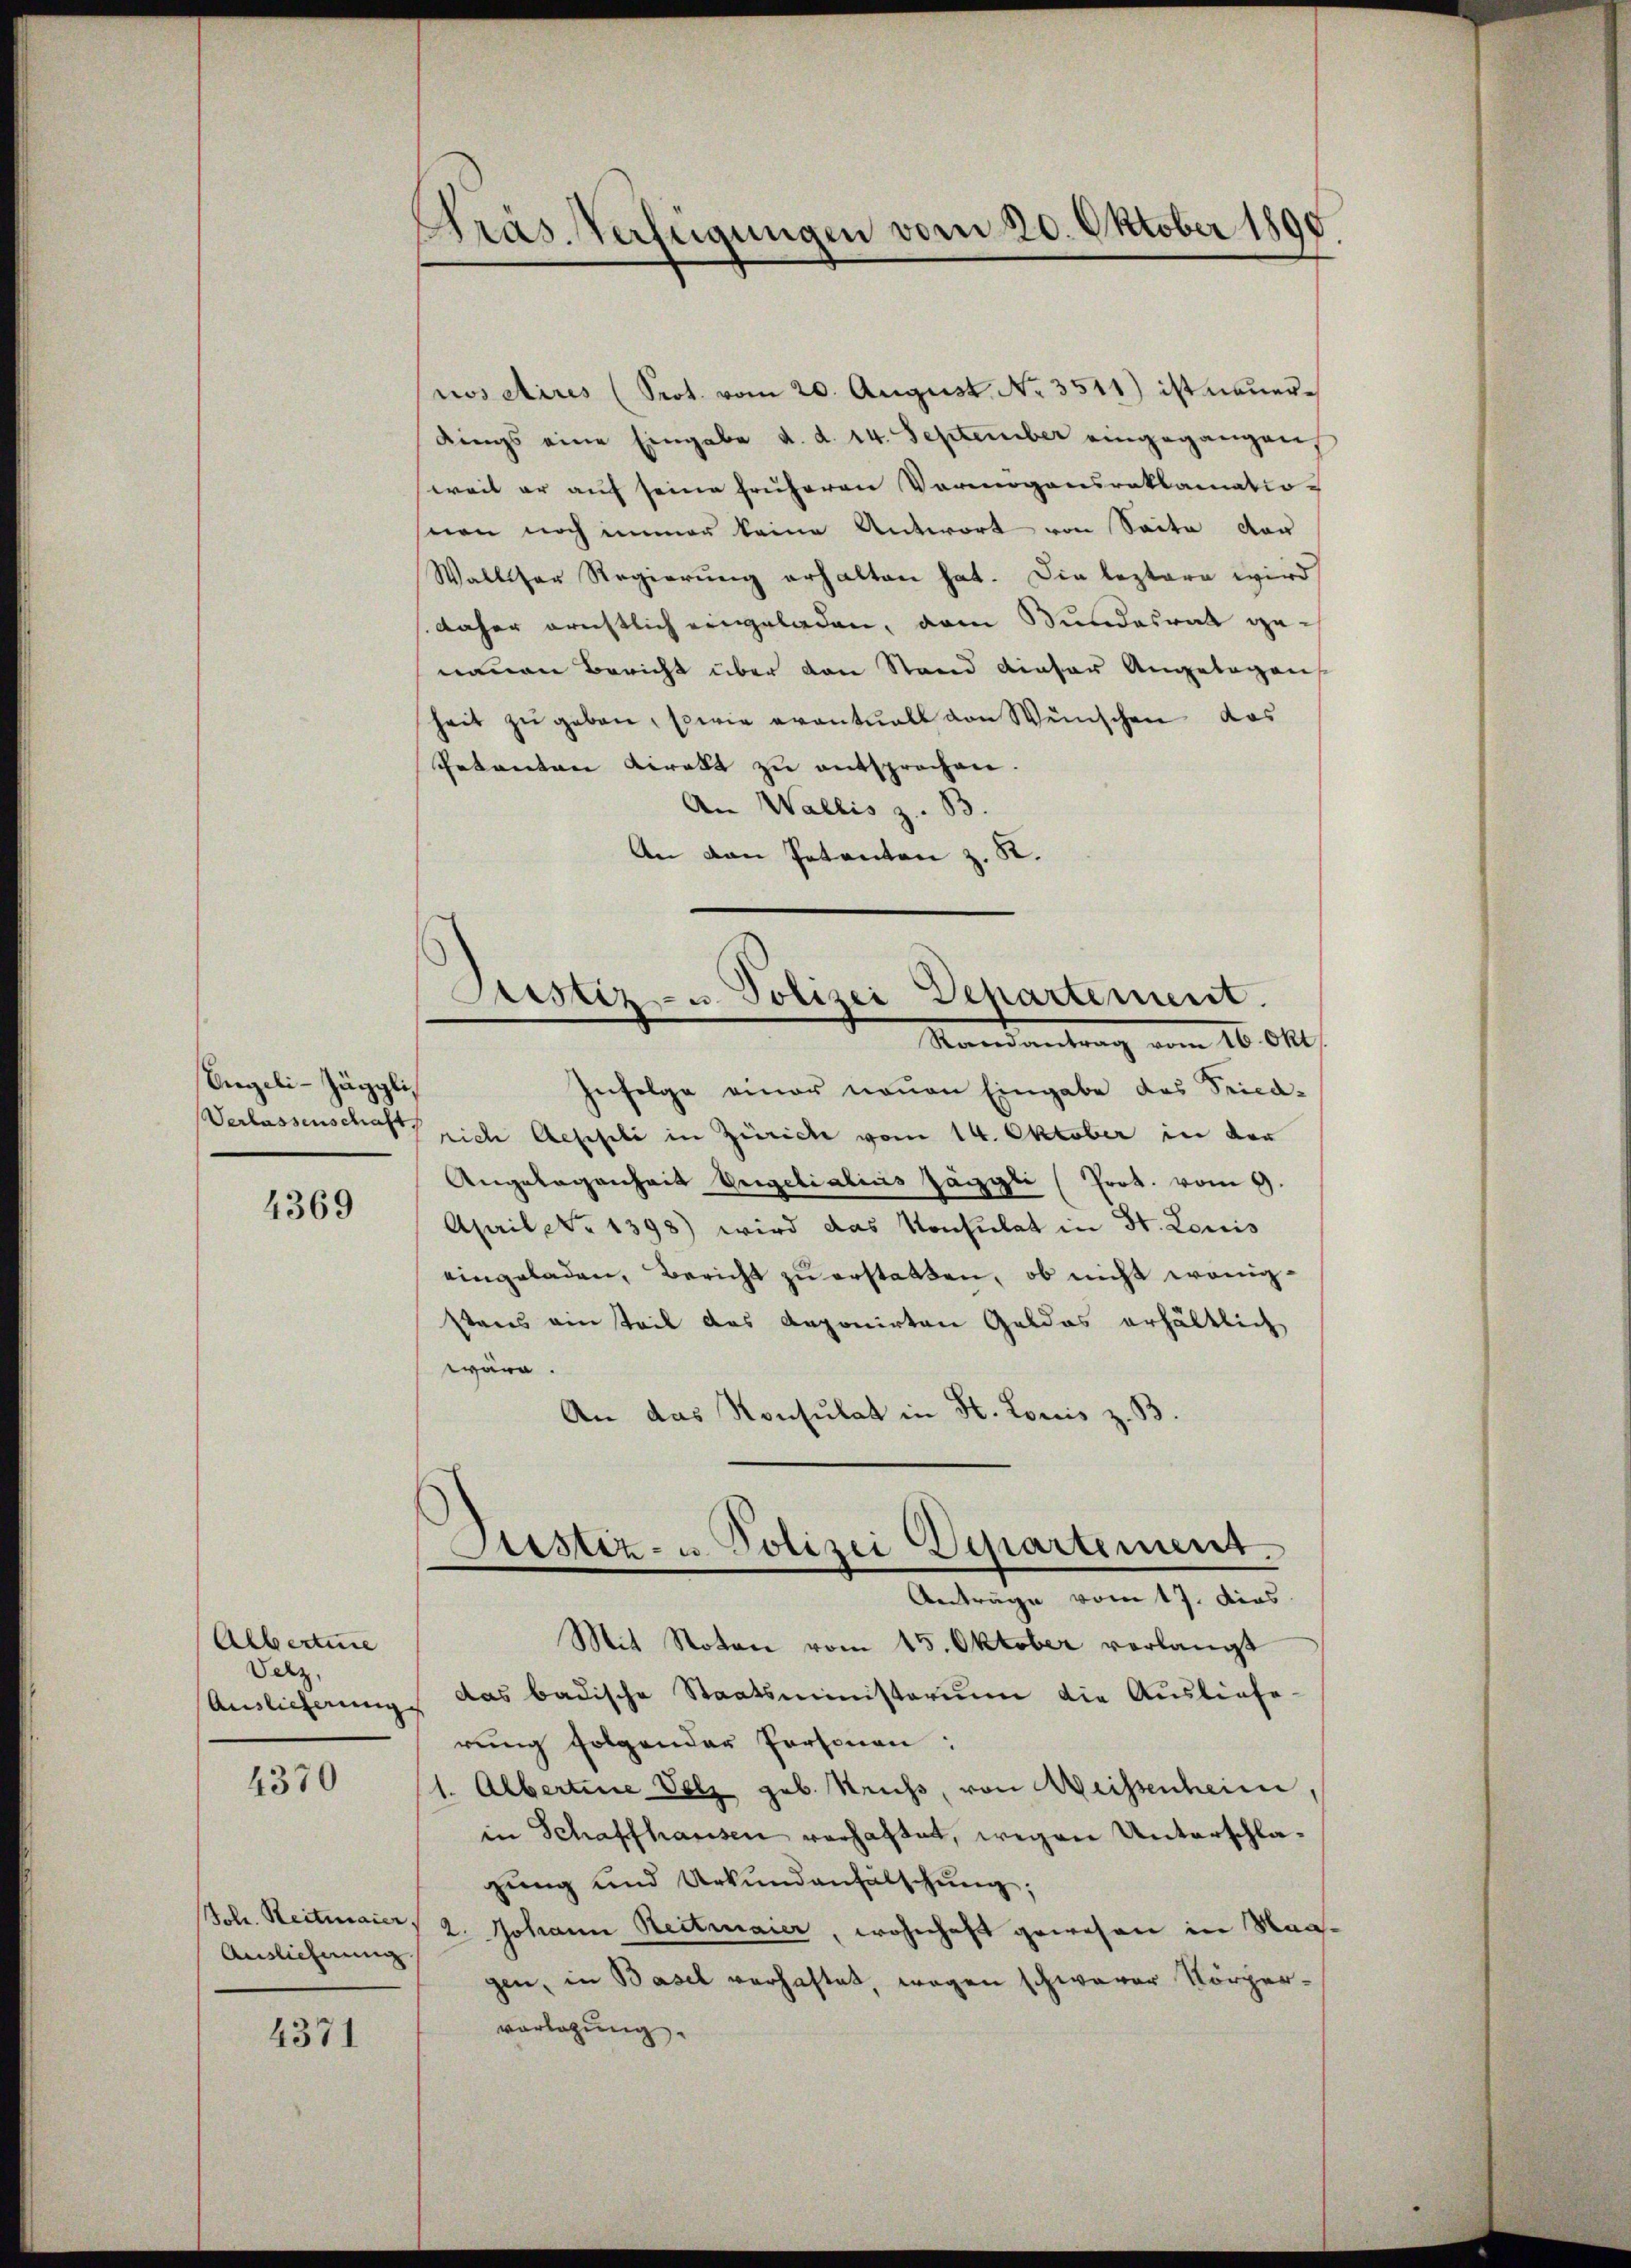
Engeli-Jäggli

4369

Alberture
Velz,

4370

Auslieferung

4371

Präs. Verfügungen vom 20. Oktober 1890

nos Aires (Srot. vom 20. August. No. 3511) ist neuerdings eine Eingabe d. d. 14. September eingegangen
sweil er auf seine früheren Vermögensroklamatio-
sion noch immer keine Antwort von Seite vor
Walliser Regierung erhalten hat. Die leztere wird
daher ernstlich eingeladen, dem Bundesrath genauen Bericht über den Stand dieser Angelegen
heit zu geben, sowie eventuell von Wünschen das
Petenten direkt zu entsprochen.
An Wallis z. B.
An den Petenton z. St.

Astiz- u. Polizei Departement.
Randantrag vom 16. Okt.

Infolge einer neŭen Eingabe des Seica-
Verlassenschaft sich Aeppli in Zürich vom 14. Oktober in der
Angelegenheit Engelialius Jäggli (Prot. vom 9.
April No 1398) wird das Konsulat in St. Louis
eingeladen, Bericht zŭ erstatten, ob nicht wenigstens ein teil das deponirten Geldes erhältlich
wäre.
An das Konsulat in St. Louis z. B.
Mit Noten vom 15. Oktober verlangt
Auslieferung das badische Staatsministerium die Ausliefe-
rung folgender Personen:
1. Albertine Volz geb. Krus, von Weissenheim,
in Schaffhausen verhaftet, wegen Unterschlagung und Urkundanhälschung;
Joh. Reitmaier, 2. Johann Rectmaier, wohnhaft gewesen in Maagen, in Basel verhaftet, wegen schwerer Körpervorlegung.

Justiz- u. Polizei Departement.
Anträge vom 17. dies